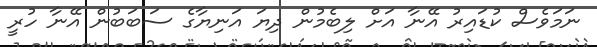
ނަމަވެސް ކުޑައިރު އޭނާ އަށް ލިބެމުން ދިޔަ އަނިޔާގެ ސަބަބުން އޭނާ ހުރީ